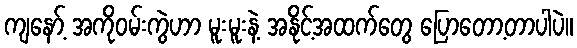
ကျနော့် အကိုဝမ်းကွဲဟာ မူးမူးနဲ့ အနိုင့်အထက်တွေ ပြောတော့တာပါပဲ။